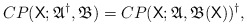
\begin{align*} CP(\mathsf X; \mathfrak A^\dagger, \mathfrak B) = CP(\mathsf X; \mathfrak A, \mathfrak B(\mathsf X))^\dagger, \end{align*}